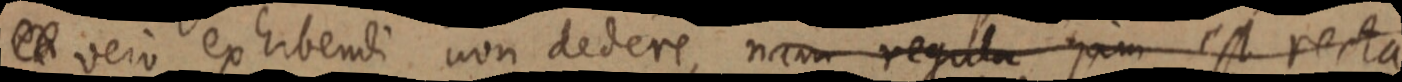
_ vero ex habendi non dedere, nam regula jam est recta